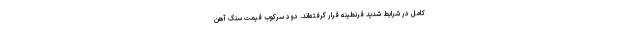
کامل در شرایط شدید قرنطینه قرار گرفته‌اند. دود سرکوب قیمت سنگ‌ آهن